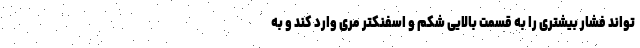
تواند فشار بیشتری را به قسمت بالایی شکم و اسفنکتر مری وارد کند و به